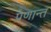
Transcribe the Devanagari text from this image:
प्रणान्त